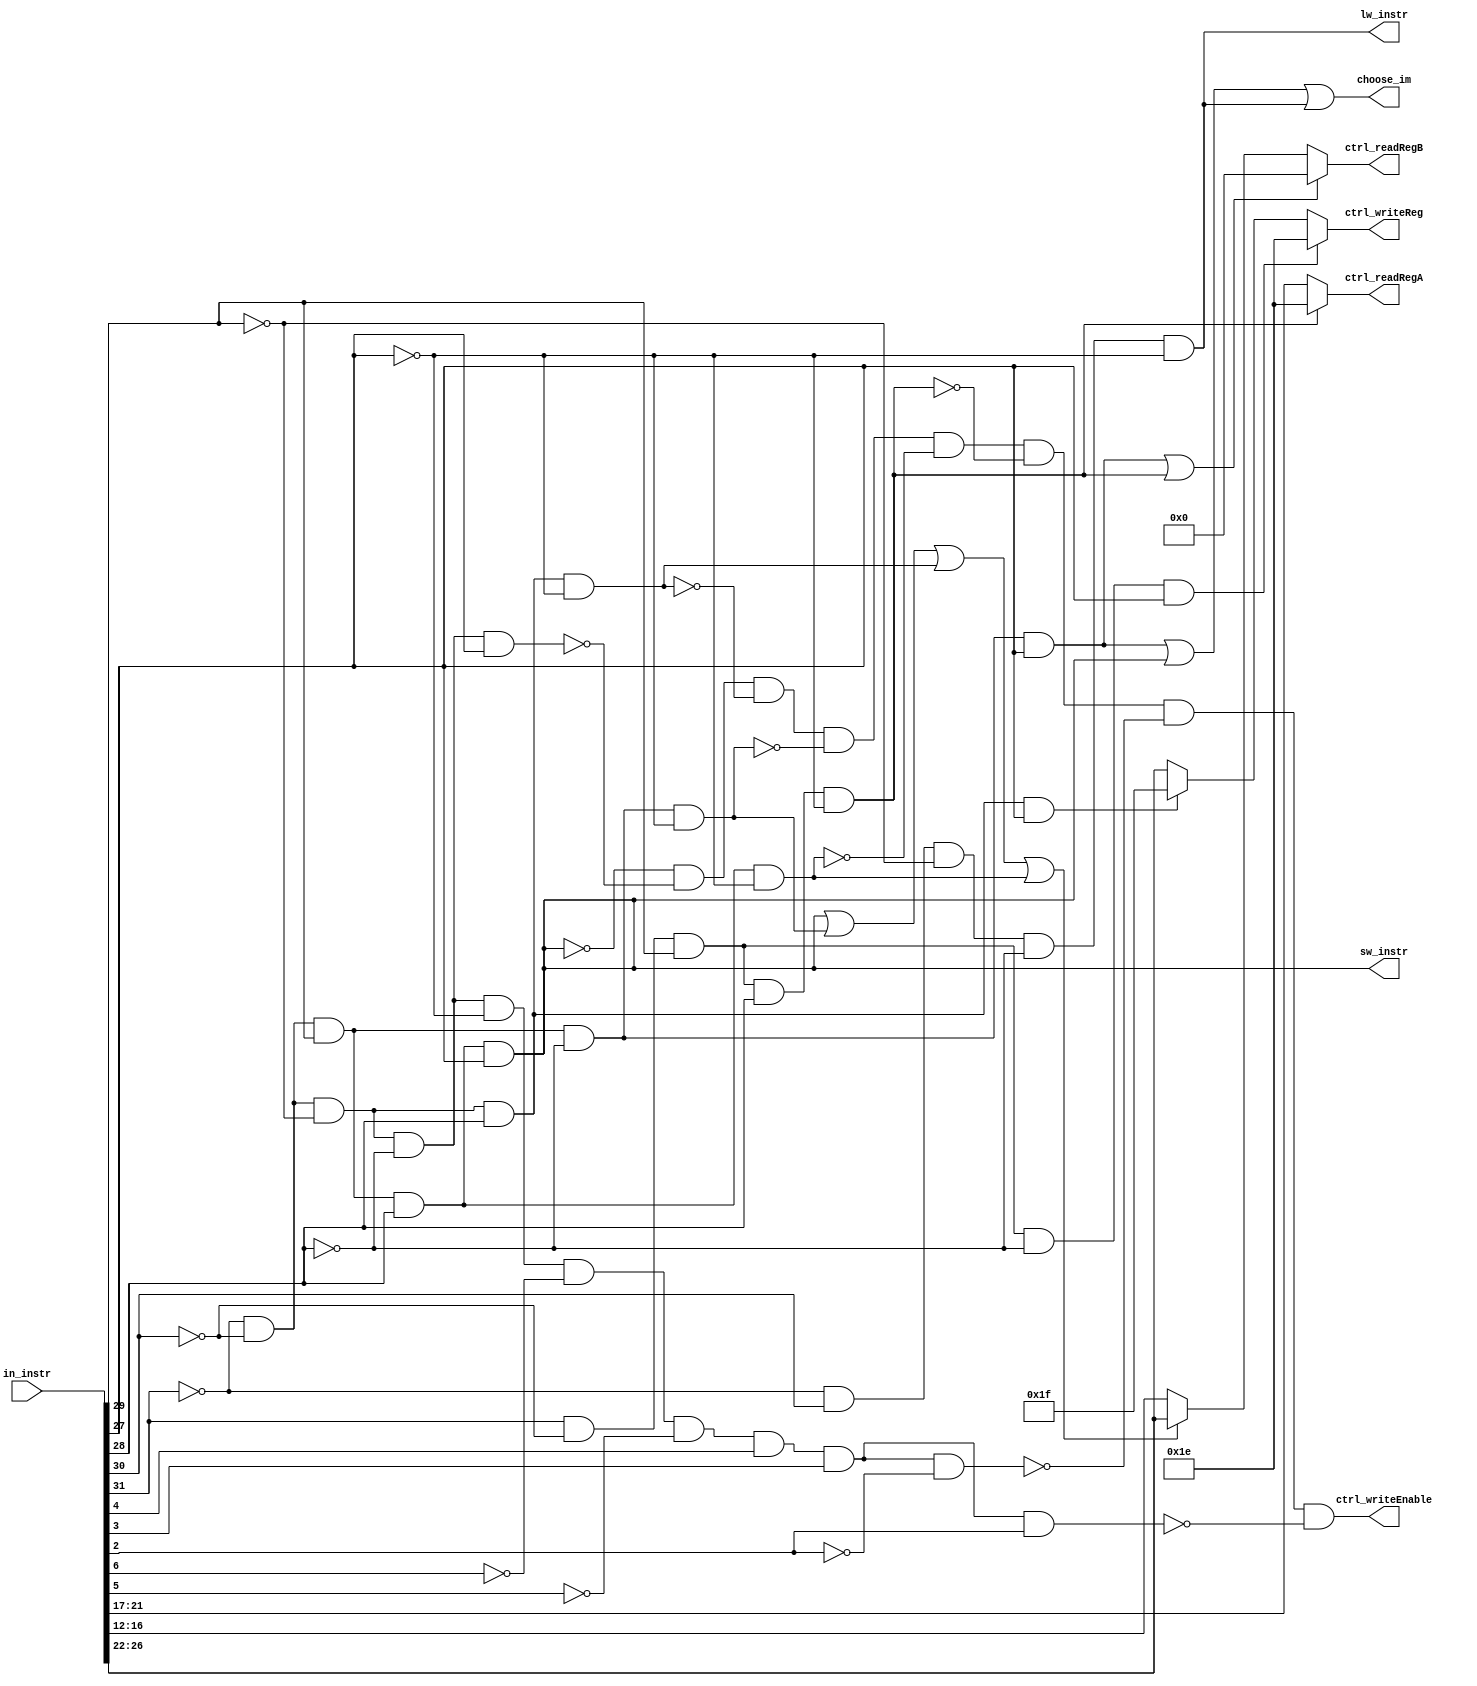
module procControl(in_instr, ctrl_writeEnable,ctrl_writeReg,ctrl_readRegA,ctrl_readRegB,sw_instr,lw_instr,choose_im);
    input[31:0] in_instr;
    output sw_instr, lw_instr, ctrl_writeEnable, choose_im; 
    output [4:0] ctrl_writeReg, ctrl_readRegA, ctrl_readRegB;

    wire[4:0] ctrl_writeReg_jal, ctrl_readRegB_1;
    wire addi;
    wire read_rd;

    assign read_rd = (sw_instr | jr | bne | blt); 

    assign ctrl_readRegA = bex ? 5'b11110: in_instr[21:17]; 
    assign ctrl_readRegB_1 = read_rd ? in_instr[26:22] : in_instr[16:12];
    assign ctrl_readRegB = rrb_ctrl ? 5'b00000 : ctrl_readRegB_1;
    wire rrb_ctrl;
    assign rrb_ctrl = addi | bex; 

    assign choose_im = (addi | sw_instr | lw_instr);
    assign addi = (~in_instr[31] & ~in_instr[30] & in_instr[29] & ~in_instr[28] & in_instr[27]);
    assign sw_instr = (~in_instr[31] & ~in_instr[30] & in_instr[29] & in_instr[28] & in_instr[27]);
    assign lw_instr = (~in_instr[31] & in_instr[30] & ~in_instr[29] & ~in_instr[28] & ~in_instr[27]);

    assign ctrl_writeReg_jal = jal ? 5'b11111: in_instr[26:22]; //look @ reg on left side of equation, that determines what to write to, jal, setx
    assign ctrl_writeReg = setx ? 5'b11110 : ctrl_writeReg_jal;


    assign ctrl_writeEnable = (~sw_instr & ~jump & ~bne & ~jr & ~blt & ~bex & ~mul & ~div); //use the not of the instructions that DO NOT write back
        
    wire jump, bne, jr, blt, bex, setx, jal, mul, div;

    assign jump = (~in_instr[31] & ~in_instr[30] & ~in_instr[29] & ~in_instr[28] & in_instr[27]); 
    assign bne = (~in_instr[31] & ~in_instr[30] & ~in_instr[29] & in_instr[28] & ~in_instr[27]);
    assign jr = (~in_instr[31] & ~in_instr[30] & in_instr[29] & ~in_instr[28] & ~in_instr[27]);
    assign blt = (~in_instr[31] & ~in_instr[30] & in_instr[29] & in_instr[28] & ~in_instr[27]);
    assign bex = (in_instr[31] & ~in_instr[30] & in_instr[29] & in_instr[28] & ~in_instr[27]);
    assign setx = (in_instr[31] & ~in_instr[30] & in_instr[29] & ~in_instr[28] & in_instr[27]);
    assign jal = (~in_instr[31] & ~in_instr[30] & ~in_instr[29] & in_instr[28] & in_instr[27]);

    assign mul = (~in_instr[31] & ~in_instr[30] & ~in_instr[29] & ~in_instr[28] & ~in_instr[27] & 
                    ~in_instr[6] & ~in_instr[5] & in_instr[4] & in_instr[3]  & ~in_instr[2]);
    assign div = (~in_instr[31] & ~in_instr[30] & ~in_instr[29] & ~in_instr[28] & ~in_instr[27] & 
                    ~in_instr[6] & ~in_instr[5] & in_instr[4] & in_instr[3]  & in_instr[2]);


endmodule